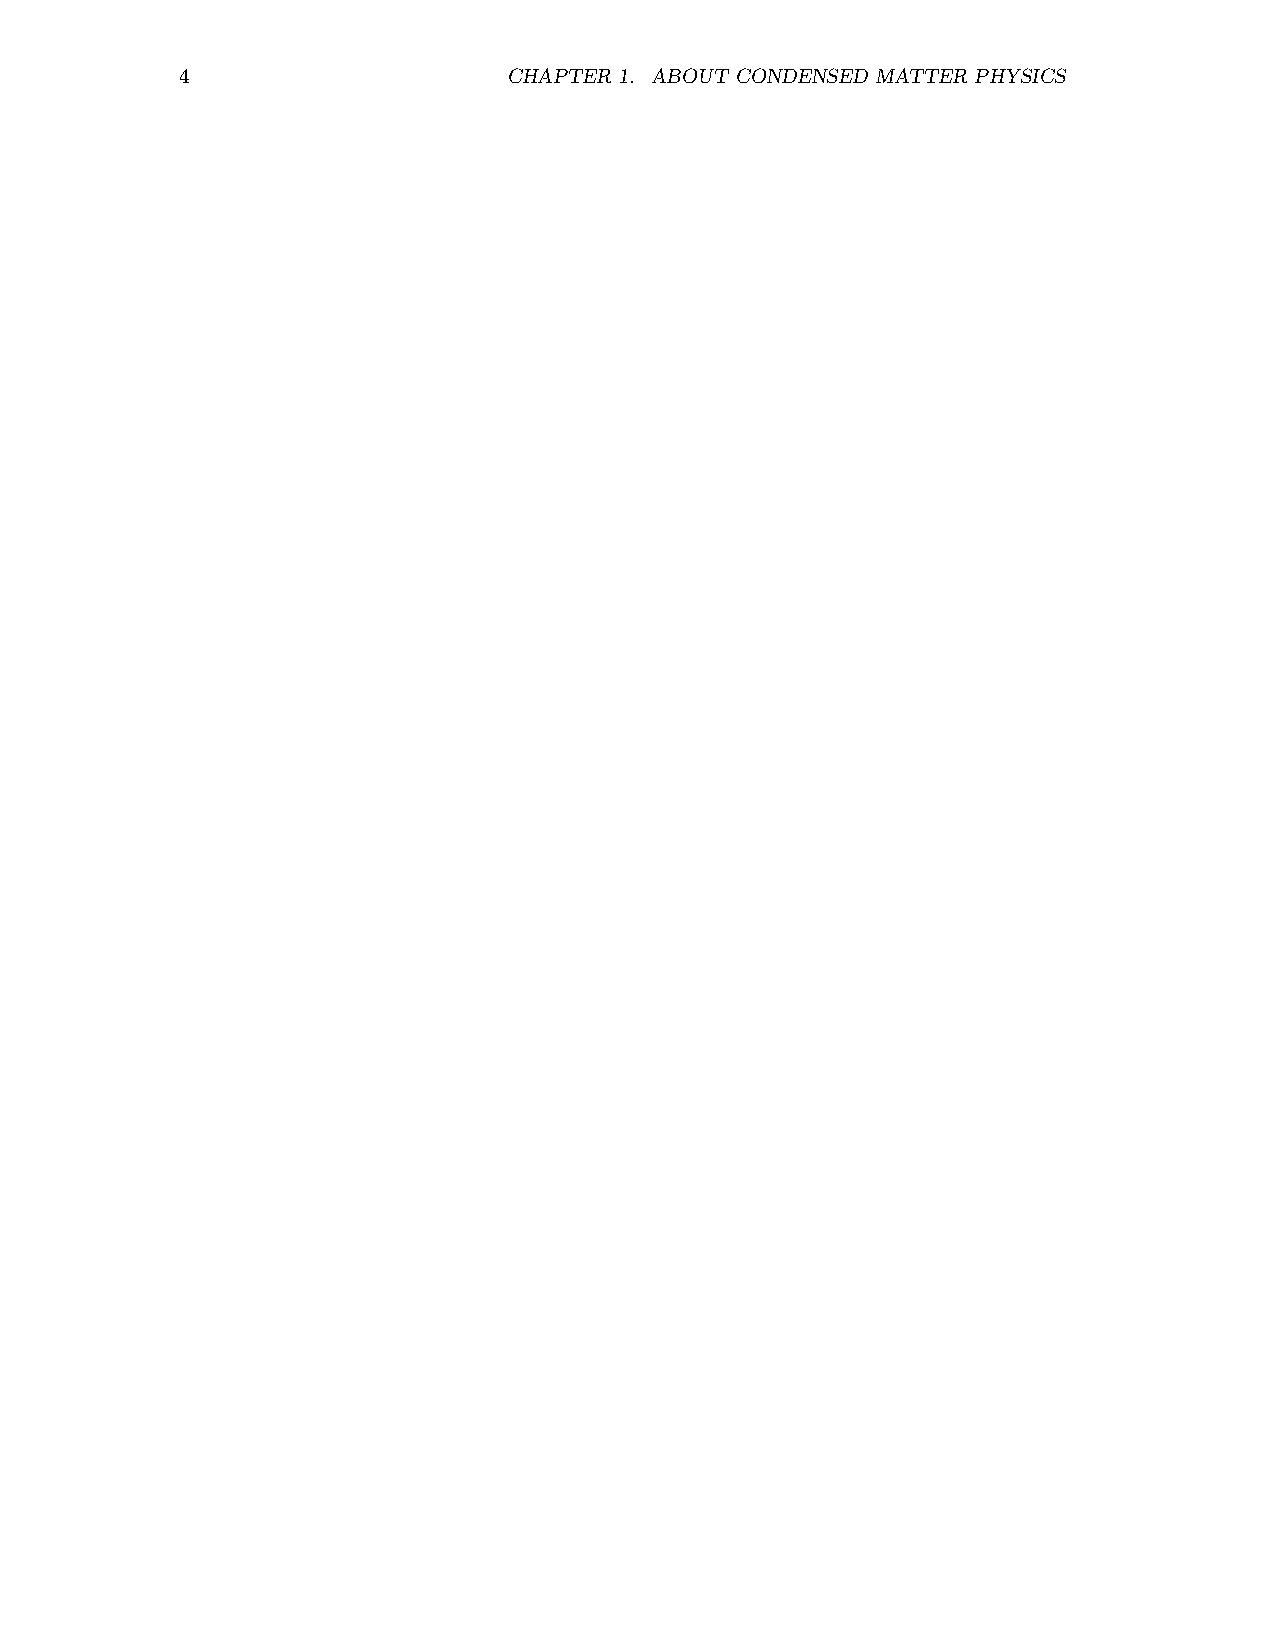
4                     CHAPTER 1. ABOUT CONDENSED MATTER PHYSICS